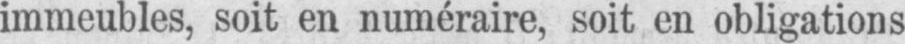
immeubles, soit en numéraire, soit en obligations